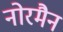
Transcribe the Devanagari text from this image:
नोरमैन